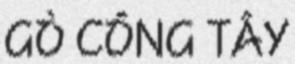
GÒ CÔNG TÂY